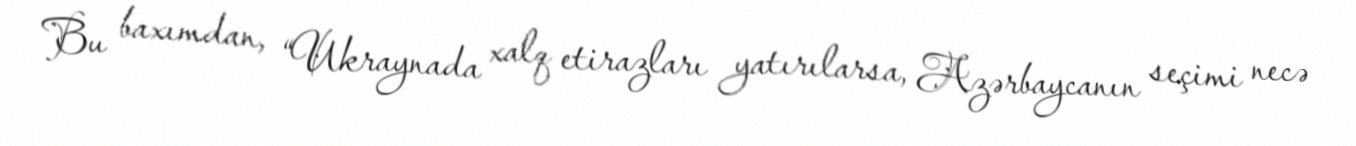
Bu baxımdan, “Ukraynada xalq etirazları yatırılarsa, Azərbaycanın seçimi necə